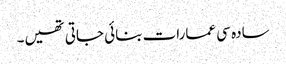
سادہ سی عمارات بنائی جاتی تھیں۔